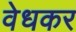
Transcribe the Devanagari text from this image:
वेधकर